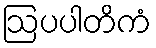
ဩပပါတိကံ